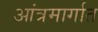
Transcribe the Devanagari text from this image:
आंत्रमार्गात